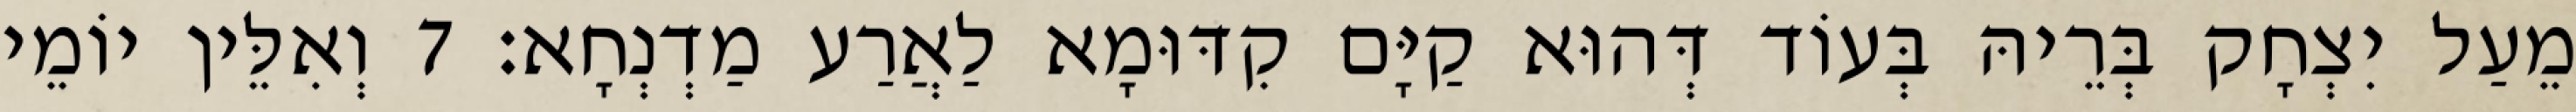
מֵעַל יִצְחָק בְּרֵיהּ בְּעוֹד דְּהוּא קַיָּם קִדּוּמָא לַאֲרַע מַדְנְחָא׃ 7 וְאִלֵּין יוֹמֵי